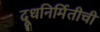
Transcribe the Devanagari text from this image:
दूधनिर्मितीची